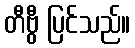
တီဗွီ ပြင်သည်။